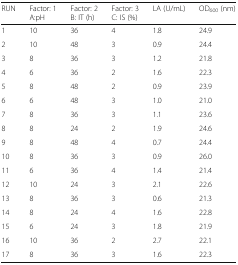
| RUN | Factor: 1A:pH | Factor: 2B: IT (h) | Factor: 3C: IS (%) | LA (U/mL) | OD600 (nm) |
 | --- | --- | --- | --- | --- | --- |
 | 1 | 10 | 36 | 4 | 1.8 | 24.9 |
 | 2 | 10 | 48 | 3 | 0.9 | 24.4 |
 | 3 | 8 | 36 | 3 | 1.2 | 21.8 |
 | 4 | 6 | 36 | 2 | 1.6 | 22.3 |
 | 5 | 8 | 48 | 2 | 0.9 | 23.9 |
 | 6 | 6 | 48 | 3 | 1.0 | 21.0 |
 | 7 | 8 | 36 | 3 | 1.1 | 23.6 |
 | 8 | 8 | 24 | 2 | 1.9 | 24.6 |
 | 9 | 8 | 48 | 4 | 0.7 | 24.4 |
 | 10 | 8 | 36 | 3 | 0.9 | 26.0 |
 | 11 | 6 | 36 | 4 | 1.4 | 21.4 |
 | 12 | 10 | 24 | 3 | 2.1 | 22.6 |
 | 13 | 8 | 36 | 3 | 0.6 | 21.3 |
 | 14 | 8 | 24 | 4 | 1.6 | 22.8 |
 | 15 | 6 | 24 | 3 | 1.8 | 21.9 |
 | 16 | 10 | 36 | 2 | 2.7 | 22.1 |
 | 17 | 8 | 36 | 3 | 1.6 | 22.3 |